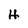
Character: H